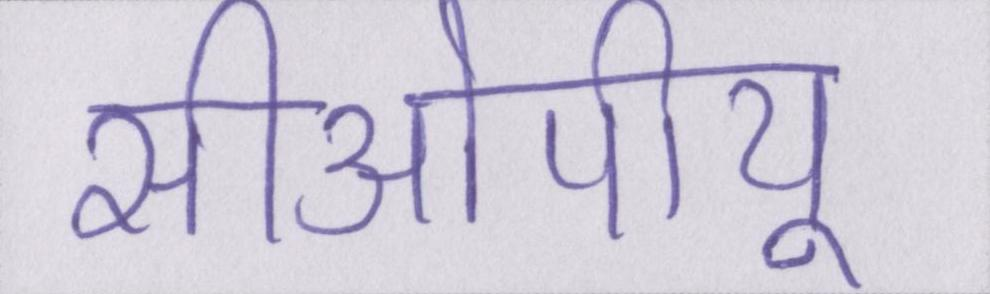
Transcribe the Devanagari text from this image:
सीओपीयू